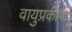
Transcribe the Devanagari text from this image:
वायुप्रकोप